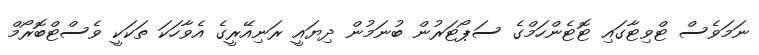
ނަމަވެސް ޓްވިޓާގައި ޓޮޓެންހަމްގެ ސަޕޯޓަރުން ބުނަމުން ދިޔައީ ރަނިއޭރީގެ އެވާހަކަ ތަކަކީ ވެސްޓްބޮރޯމް